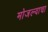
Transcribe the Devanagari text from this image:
मोजल्याचा